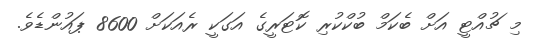
މި ޗުއްޓީ އަށް ބެކަމް ބުކްކުރި ކޮޓަރީގެ އަގަކީ ރެއަކަށް 8600 ޕައުންޑެވެ.